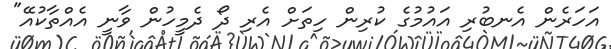
އަހަރެން އެނބުރި އައުމުގެ ކުރިން ހިތަށް އެރި ދޯ ދެމީހުން ވާނީ އެއްތާކުއޭ"